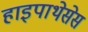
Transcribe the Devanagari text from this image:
हाइपाथेसेस